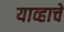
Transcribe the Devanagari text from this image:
याव्हाचें